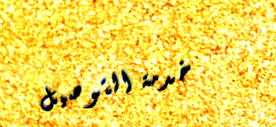
خدمة التوصيل